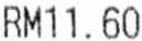
RM11.60